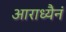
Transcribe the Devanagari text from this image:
आराध्यैनं